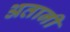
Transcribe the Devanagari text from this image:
अतानी